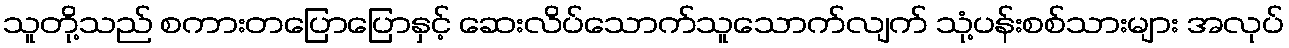
သူတို့သည် စကားတပြောပြောနှင့် ဆေးလိပ်သောက်သူသောက်လျက် သုံ့ပန်းစစ်သားများ အလုပ်